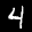
Label: 4